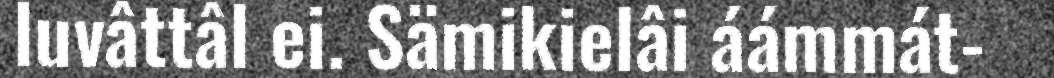
luvâttâl ei. Sämikielâi áámmát-